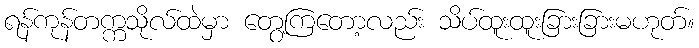
ရန်ကုန်တက္ကသိုလ်ထဲမှာ တွေ့ကြတော့လည်း သိပ်ထူးထူးခြားခြားမဟုတ်။